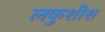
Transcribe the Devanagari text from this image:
लकुशीश